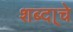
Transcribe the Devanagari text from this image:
शब्दा्चे